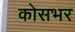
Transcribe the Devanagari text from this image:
कोसभर